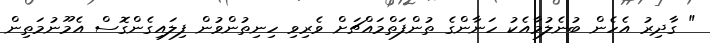
" ގާދިރު އެހެން ބުނެލުމާއެކު ހަނާންގެ ތުންފަތްމައްޗަށް ވެރިވި ހިނިތުންވުން ފިލައިގެންގޮސް އެމޫނުމަތިން